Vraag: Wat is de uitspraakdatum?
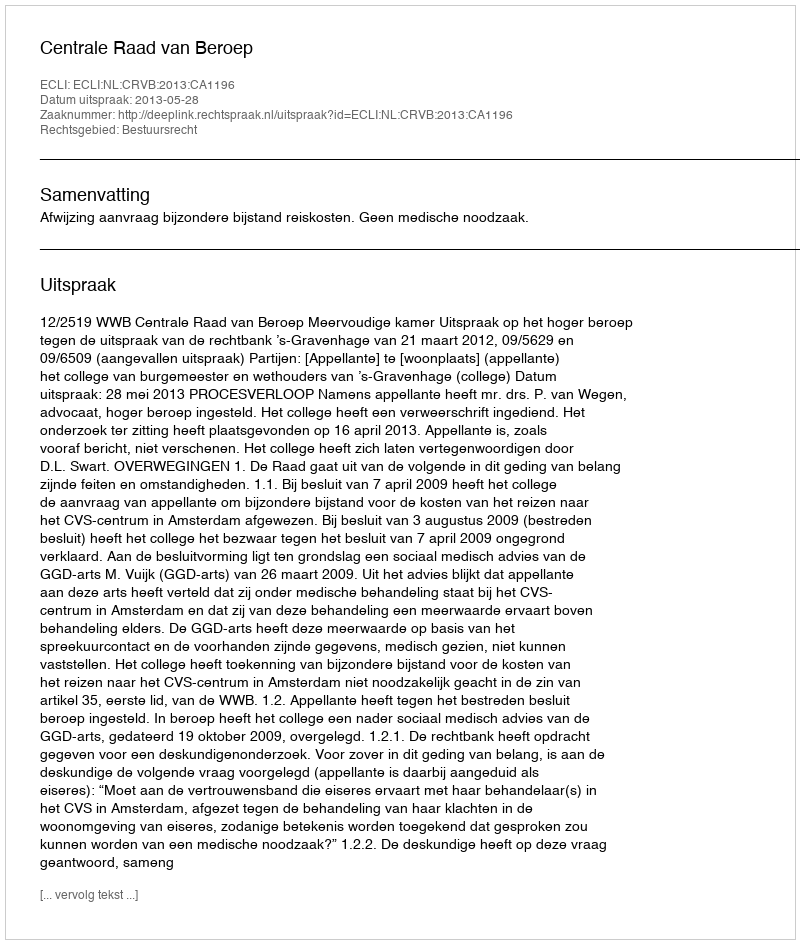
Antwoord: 2013-05-28